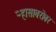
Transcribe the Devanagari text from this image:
ऱ्हासाबरोबर